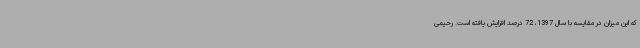
که این میزان در مقایسه با سال 1397، 72 درصد افزایش یافته است. رحیمی